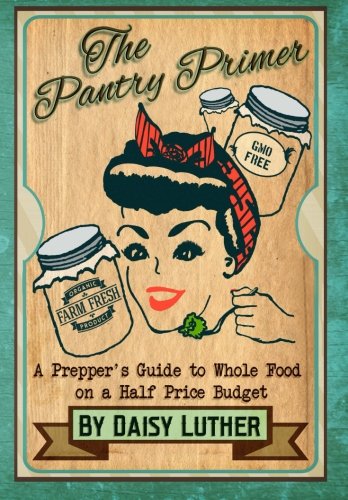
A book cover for The Pantry Primer: A Prepper's Guide to Whole Food on a Half-Price Budget; Daisy Luther; Politics & Social Sciences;